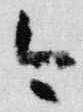
今